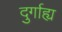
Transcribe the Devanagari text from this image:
दुर्गाह्य